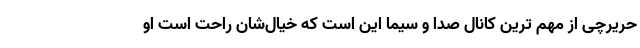
حریرچی از مهم ترین کانال صدا و سیما این است که خیال‌شان راحت است او